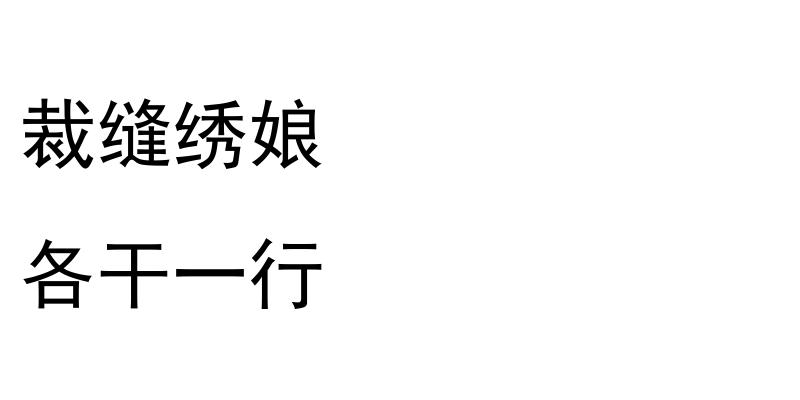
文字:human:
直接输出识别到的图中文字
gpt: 裁缝绣娘 各干一行